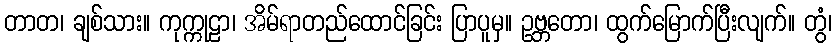
တာတ၊ ချစ်သား။ ကုက္ကုဠာ၊ အိမ်ရာတည်ထောင်ခြင်း ပြာပူမှ။ ဥဗ္ဘတော၊ ထွက်မြောက်ပြီးလျက်။ တွံ၊